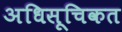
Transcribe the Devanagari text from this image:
अधिसूचिकत